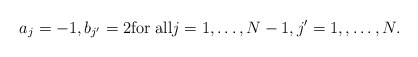
\begin{align*} a_j=-1, b_{j'}=2 {\rm for\;all}j=1,\ldots, N-1, j'=1,,\ldots, N. \end{align*}